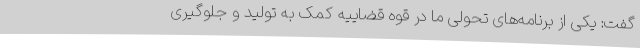
گفت: یکی از برنامه‌های تحولی ما در قوه قضاییه کمک به تولید و جلوگیری